Report of the Indian Hemp Drugs Commission, 1894-1895 - Volume I
Year: 1894
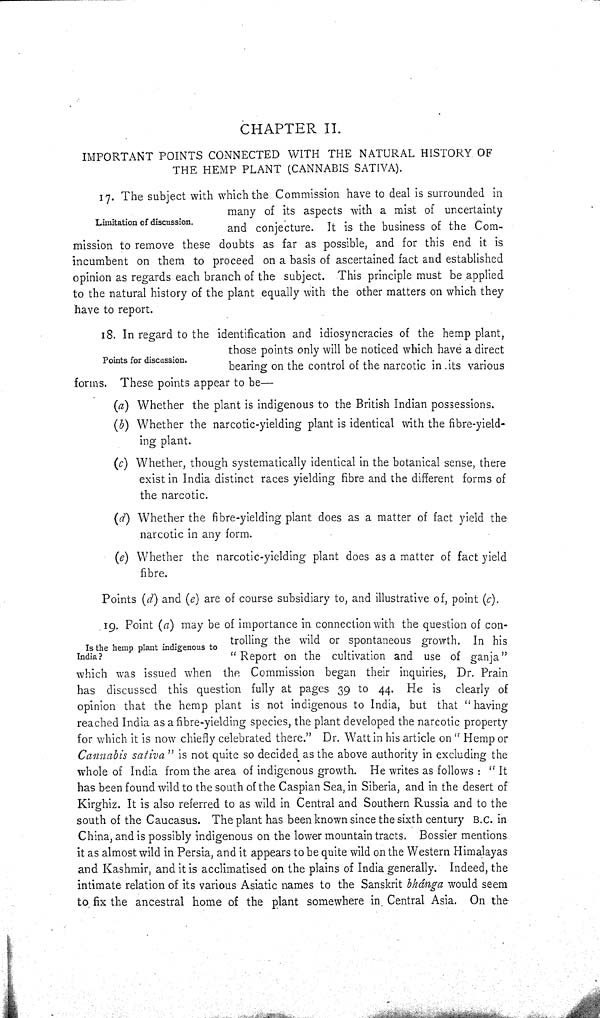
CHAPTER II.
IMPORTANT POINTS CONNECTED WITH THE NATURAL HISTORY OF
THE HEMP PLANT (CANNABIS SATIVA).
Limitation of discussion.
17. The subject with which the Commission have to deal is surrounded in
many of its aspects with a mist of uncertainty
and conjecture. It is the business of the Com-
mission to remove these doubts as far as possible, and for this end it is
incumbent on them to proceed on a basis of ascertained fact and established
opinion as regards each branch of the subject. This principle must be applied
to the natural history of the plant equally with the other matters on which they
have to report.
Points for discussion.
18. In regard to the identification and idiosyncracies of the hemp plant,
those points only will be noticed which have a direct
bearing on the control of the narcotic in its various
forms. These points appear to be—
(a) Whether the plant is indigenous to the British Indian possessions.
(b) Whether the narcotic-yielding plant is identical with the fibre-yield-
ing plant.
(c) Whether, though systematically identical in the botanical sense, there
exist in India distinct races yielding fibre and the different forms of
the narcotic.
(d) Whether the fibre-yielding plant does as a matter of fact yield the
narcotic in any form.
(e) Whether the narcotic-yielding plant does as a matter of fact yield
fibre.
Points (d) and (e) are of course subsidiary to, and illustrative of, point (c).
Is the hemp plant indigenous to
India?
19. Point (a) may be of importance in connection with the question of con-
trolling the wild or spontaneous growth. In his
"Report on the cultivation and use of ganja"
which was issued when the Commission began their inquiries, Dr. Prain
has discussed this question fully at pages 39 to 44. He is clearly of
opinion that the hemp plant is not indigenous to India, but that "having
reached India as a fibre-yielding species, the plant developed the narcotic property
for which it is now chiefly celebrated there." Dr. Watt in his article on "Hemp or
Cannabis sativa" is not quite so decided as the above authority in excluding the
whole of India from the area of indigenous growth. He writes as follows: "It
has been found wild to the south of the Caspian Sea, in Siberia, and in the desert of
Kirghiz. It is also referred to as wild in Central and Southern Russia and to the
south of the Caucasus. The plant has been known since the sixth century B.C. in
China, and is possibly indigenous on the lower mountain tracts. Bossier mentions
it as almost wild in Persia, and it appears to be quite wild on the Western Himalayas
and Kashmir, and it is acclimatised on the plains of India generally. Indeed, the
intimate relation of its various Asiatic names to the Sanskrit bhánga would seem
to fix the ancestral home of the plant somewhere in Central Asia. On the